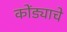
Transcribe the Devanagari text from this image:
कोंड्याचे